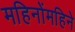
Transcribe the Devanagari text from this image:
महिनोंमहिने